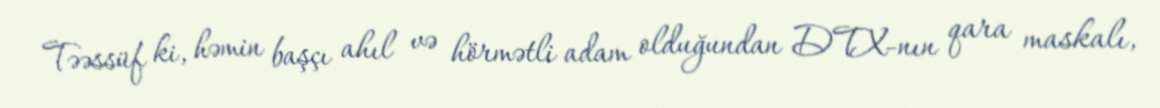
Təəssüf ki, həmin başçı ahıl və hörmətli adam olduğundan DTX-nın qara maskalı,